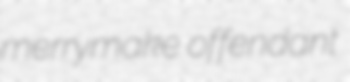
merrymake offendant